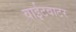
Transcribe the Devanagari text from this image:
वाईटवाटर